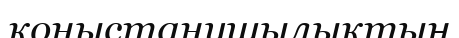
қоныстанушылықтың